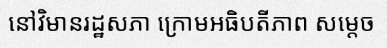
នៅវិមានរដ្ឋសភា ក្រោមអធិបតីភាព សម្តេច